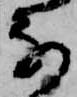
な